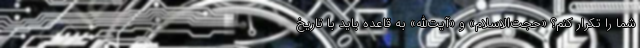
شما را تکرار کنم؟ «حجت‌الاسلام» و «آیت‌الله» به قاعده باید با تاریخ